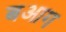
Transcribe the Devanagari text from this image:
बआग